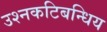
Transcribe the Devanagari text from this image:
उश्नकटिबन्धिय